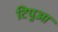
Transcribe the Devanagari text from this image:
टिपुआ